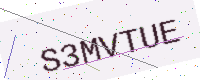
Text: S3MVTUE